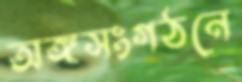
অঙ্গসংগঠনে